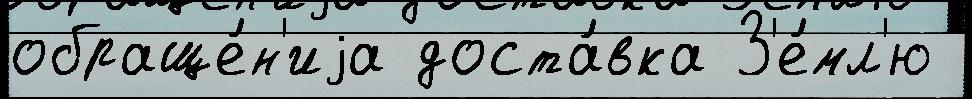
обраще́н'иjа доста́вка З'е́мл'ю